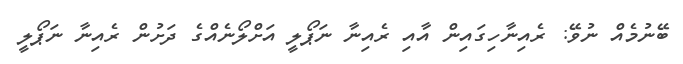
ބޭނުމެއް ނުވޭ: ރެއިނާހިގައިން އާއި ރެއިނާ ނަޕޯލީ އަށްލޯނެއްގެ ދަށުން ރެއިނާ ނަޕޯލީ